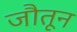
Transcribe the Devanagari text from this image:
जौतून